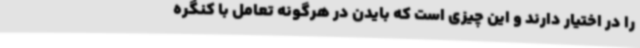
را در اختیار دارند و این چیزی است که بایدن در هرگونه تعامل با کنگره